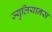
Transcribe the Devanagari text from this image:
ज्युलियानस